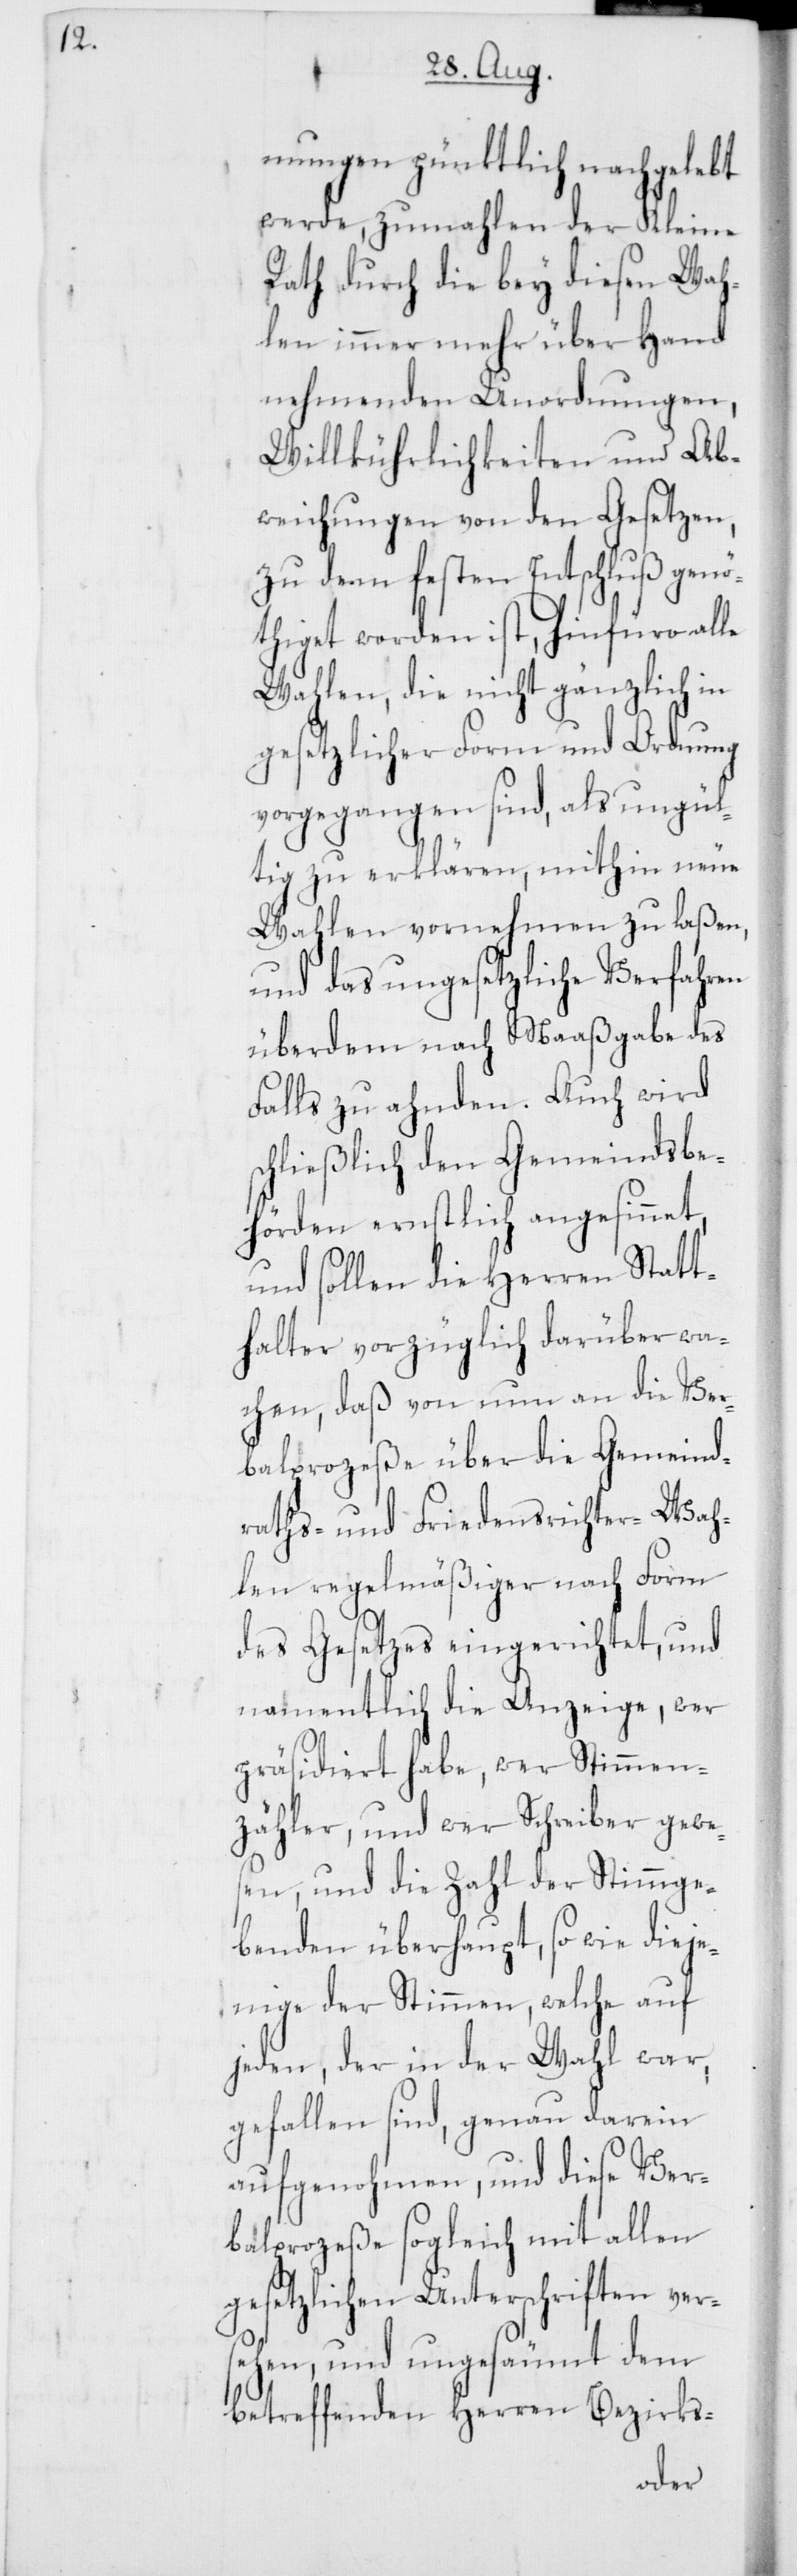
sc¬

mungen pünktlich nachgelebt
werde, zumahlen der Kleine
Rath durch die bey diesen Wah¬
len immer mehr über Hand
nehmenden Unordnungen,
Willkührlichkeiten und Ab¬
weichungen von den Gesetzen,
zu dem festen Entschluß genö¬
thiget worden ist, hinfüro alle
Wahlen, die nicht gänzlich in
gesetzlicher Form und Ordnung
vorgegangen sind, als ungül¬
tig zu erklären, mithin neue
Wahlen vornehmen zu laßen,
und das ungesetzliche Verfahren
überdem nach Maaßgabe des
Falls zu ahnden. Auch wird
hließlich den Gemeindsbe¬
hörden ernstlich angesinnet,
und sollen die Herren Statt¬
halter vorzüglich darüber wa¬
chen, daß von nun an die Ver¬
balprozeße über die Gemeind¬
raths- und Friedensrichter-Wah¬
len regelmäßiger nach Form
des Gesetzes eingerichtet, und
namentlich die Anzeige, wer
präsidiert habe, wer Stimmen¬
zähler, und wer Schreiber gewe¬
sen, und die Zahl der Stimmge¬
benden überhaupt, sowie dieje¬
nige der Stimmen, welche auf
jeden, der in der Wahl war,
gefallen sind, genau darein
aufgenohmen, und diese Ver¬
balprozeße sogleich mit allen
gesetzlichen Unterschriften ver¬
sehen, und ungesäumt dem
betreffenden Herren Bezirks-